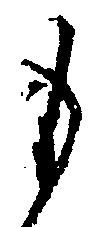
も